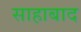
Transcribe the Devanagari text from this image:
साहाबाद